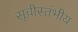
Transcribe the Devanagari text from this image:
सूचीस्तंभीय